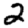
Digit: 2